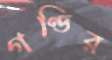
গণ্ডির